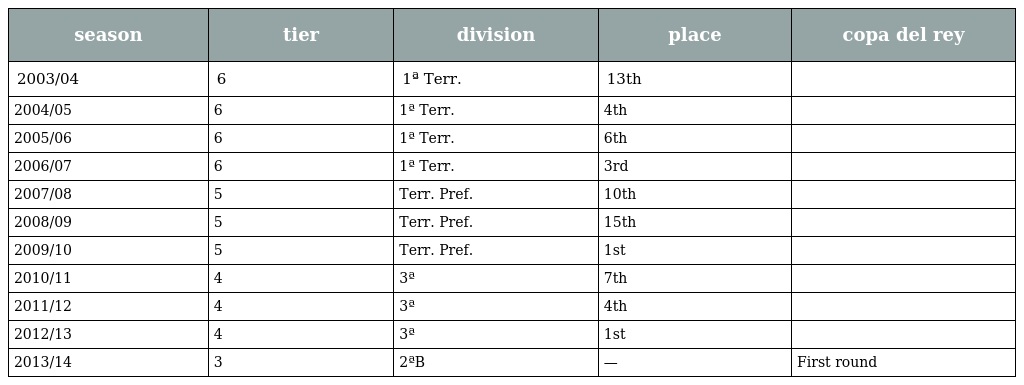
| season | tier | division | place | copa del rey |
 | --- | --- | --- | --- | --- |
 | 2003/04 | 6 | 1ª Terr. | 13th |  |
 | 2004/05 | 6 | 1ª Terr. | 4th |  |
 | 2005/06 | 6 | 1ª Terr. | 6th |  |
 | 2006/07 | 6 | 1ª Terr. | 3rd |  |
 | 2007/08 | 5 | Terr. Pref. | 10th |  |
 | 2008/09 | 5 | Terr. Pref. | 15th |  |
 | 2009/10 | 5 | Terr. Pref. | 1st |  |
 | 2010/11 | 4 | 3ª | 7th |  |
 | 2011/12 | 4 | 3ª | 4th |  |
 | 2012/13 | 4 | 3ª | 1st |  |
 | 2013/14 | 3 | 2ªB | — | First round |